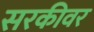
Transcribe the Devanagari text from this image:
सरकीवर